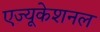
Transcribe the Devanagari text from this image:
एज्यूकेशनल